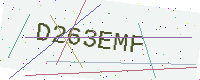
Text: D263EMF